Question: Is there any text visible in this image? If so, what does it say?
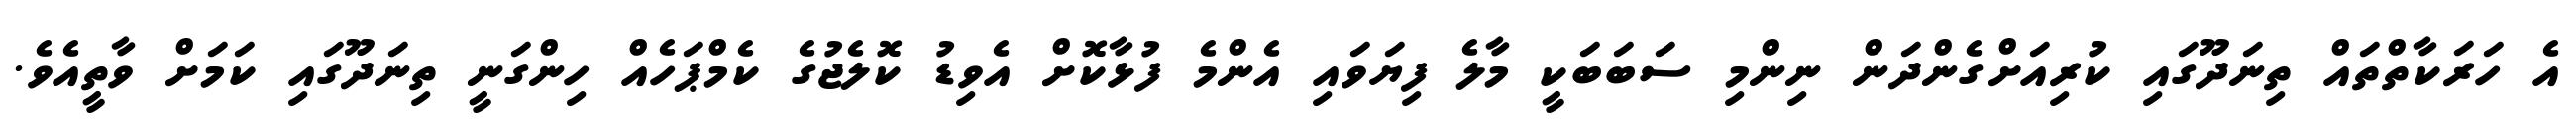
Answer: އެ ހަރަކާތްތައް ތިނަދޫގައި ކުރިއަށްގެންދަން ނިންމި ސަބަބަކީ މާލެ ފިޔަވައި އެންމެ ފުޅާކޮށް އެވިޑު ކޮލެޖުގެ ކެމްޕަހެއް ހިންގަނީ ތިނަދޫގައި ކަމަށް ވާތީއެވެ.